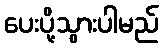
ပေးပို့သွားပါမည်